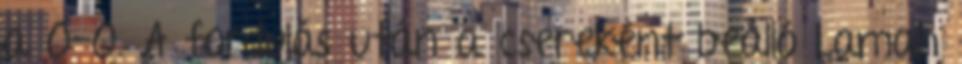
a 0-0. A fordulás után a csereként beálló Lamah